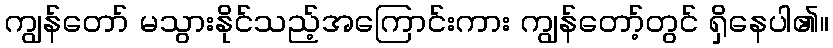
ကျွန်တော် မသွားနိုင်သည့်အကြောင်းကား ကျွန်တော့်တွင် ရှိနေပါ၏။